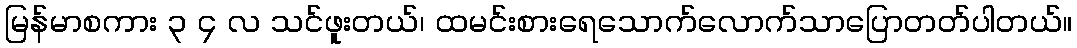
မြန်မာစကား ၃ ၄ လ သင်ဖူးတယ်၊ ထမင်းစားရေသောက်လောက်သာပြောတတ်ပါတယ်။